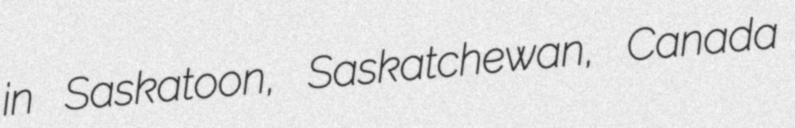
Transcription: in Saskatoon, Saskatchewan, Canada